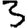
Digit: 3